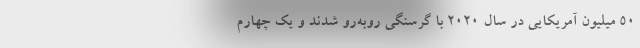
50 میلیون آمریکایی در سال 2020 با گرسنگی روبه‌رو شدند و یک چهارم